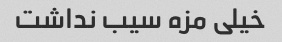
خیلی مزه سیب نداشت